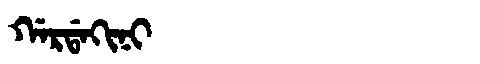
Manchu: ᡤᠠᡵᡩᠠᡴᡳᠨᡳ
Romanization: GARDAKINI